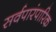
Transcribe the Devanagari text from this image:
सर्वपारंपारिक